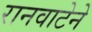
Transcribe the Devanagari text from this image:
रानवाटेने